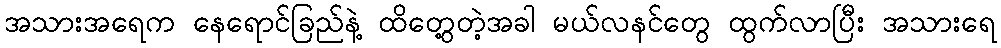
အသားအရေက နေရောင်ခြည်နဲ့ ထိတွေ့တဲ့အခါ မယ်လနင်တွေ ထွက်လာပြီး အသားရေ